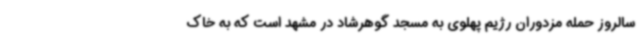
سالروز حمله مزدوران رژیم پهلوی به مسجد گوهرشاد در مشهد است که به خاک